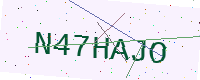
Text: N47HAJO